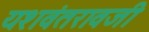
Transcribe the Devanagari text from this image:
यशवंतरावजी